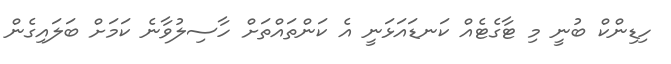
ހިޑިންކް ބުނީ މި ޓާގެޓެއް ކަނޑައަޅަނީ އެ ކަންތައްތަށް ހާސިލުވާނެ ކަމަށް ބަލައިގެން